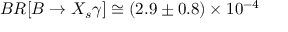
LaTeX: B R [ B \rightarrow X _ { s } \gamma ] \cong ( 2 . 9 \pm 0 . 8 ) \times 1 0 ^ { - 4 }